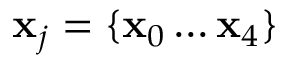
\mathbf { x } _ { j } = \{ \mathbf { x } _ { 0 } \ldots \mathbf { x } _ { 4 } \}